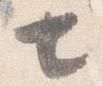
七